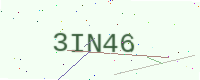
Text: 3IN46